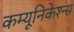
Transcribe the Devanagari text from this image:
कम्यूनिकेश्न्स